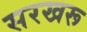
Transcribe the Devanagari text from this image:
सरखरू